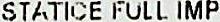
STATICE FULL IMP